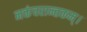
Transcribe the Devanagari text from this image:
नक्तंचरान्तकम्‌।